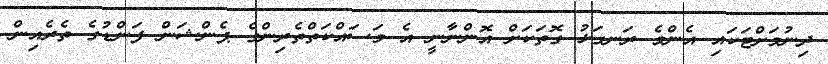
ދިނުމަށްޓަކައި އެންމެ ރަނގަޅު ގޮތަކަށް އޮންނާނީ އެ މަސައްކަތްތެރިންގެ ޕެންޝަން ފަންޑުގެ ތެރެއިން